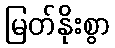
မြတ်နိုးစွာ